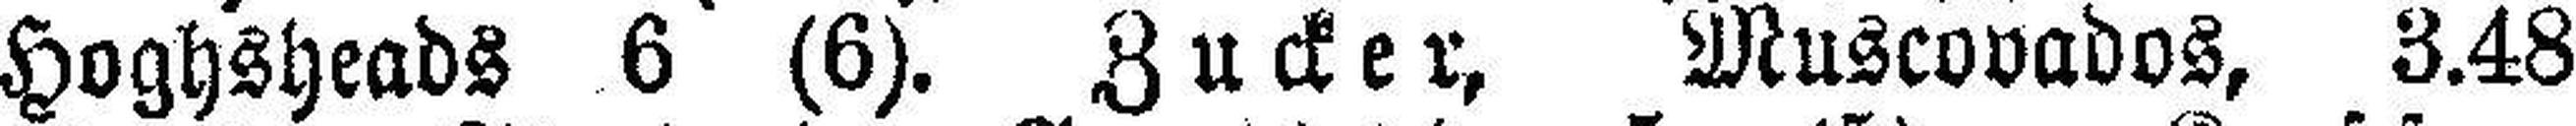
Hoghsheads 6 (6). Zucker, Muscovados, 3.48